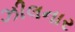
ઝીલનાર